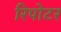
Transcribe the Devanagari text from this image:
रिपोटर